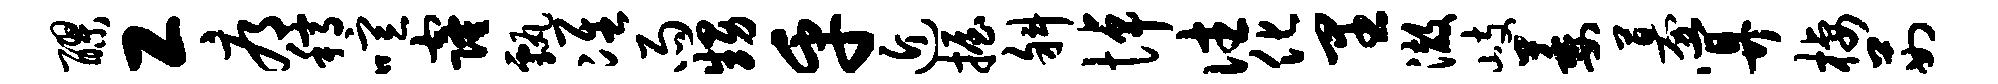
醪工辱稿喧窿甄准雨甥乎近握斜悼往化里澈岐萎募算栖茹